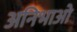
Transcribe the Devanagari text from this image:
अनिभाओ